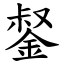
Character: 錖